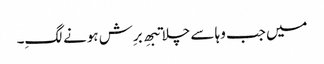
میں جب وہا سے چلا تبھِ برِش ہونے لگِ۔